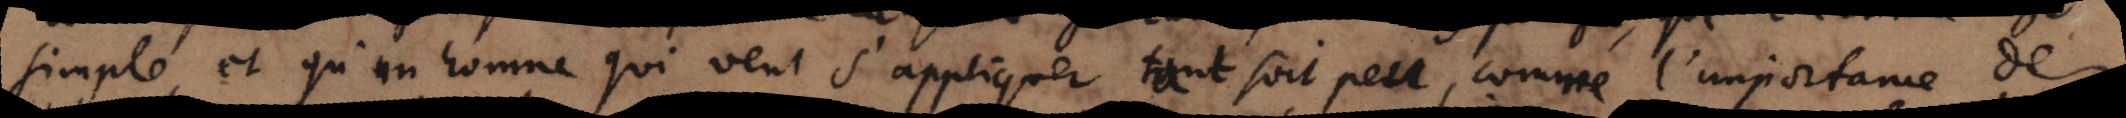
simple et qu’un homme qui veut s’appliquer tant soit peu, comme l’importance de